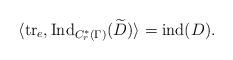
LaTeX: \begin{align*}\langle \operatorname{tr}_e, \operatorname{Ind}_{C^*_r(\Gamma)}(\widetilde{D})\rangle=\operatorname{ind}(D). \end{align*}